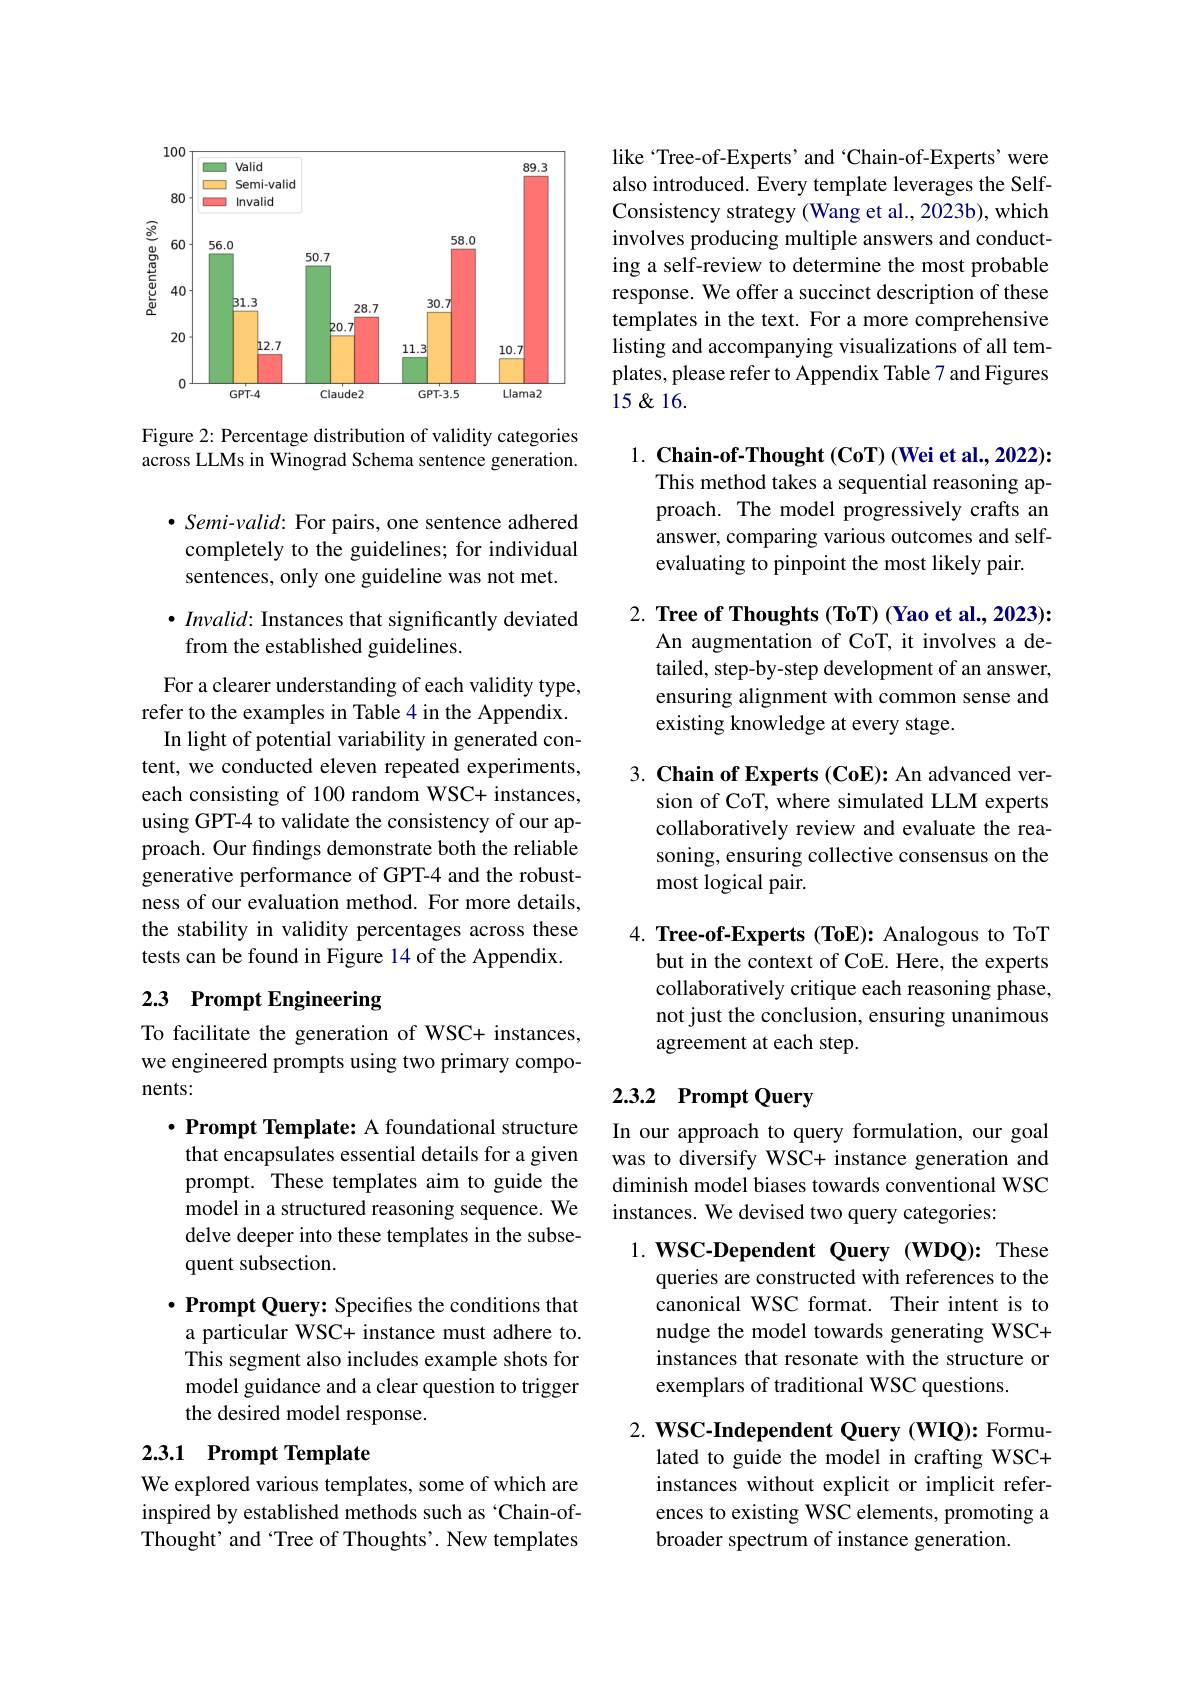
<FigureHere>

Figure 2: Percentage distribution of validity categories across LLMs in Winograd Schema sentence generation.

$\bullet \textit{Semi- valid: For pairs, one sentence adhered}$ completely to the guidelines; for individual sentences, only one guideline was not met.

$\bullet \textit{Invalid: Instances that significantly deviated}$
from the established guidelines.

For a clearer understanding of each validity type, refer to the examples in Table 4 in the Appendix.
In light of potential variability in generated content, we conducted eleven repeated experiments, each consisting of 100 random WSC+ instances, using GPT-4 to validate the consistency of our approach. Our findings demonstrate both the reliable generative performance of GPT-4 and the robustness of our evaluation method. For more details, the stability in validity percentages across these tests can be found in Figure 14 of the Appendix.

## 2.3 Prompt Engineering

To facilitate the generation of WSC+ instances, we engineered prompts using two primary components:

$\cdot \textbf{Prompt Template: A foundational structure}$ that encapsulates essential details for a given prompt. These templates aim to guide the model in a structured reasoning sequence. We delve deeper into these templates in the subsequent subsection.
$\cdot \textbf{Prompt Query: Specifies the conditions that}$ a particular WSC+ instance must adhere to. This segment also includes example shots for model guidance and a clear question to trigger the desired model response.

## 2.3.1 Prompt Template

We explored various templates, some of which are inspired by established methods such as ‘Chain-ofThought' and‘Tree of Thoughts’. New templates

like“Tree-of-Experts’and‘Chain-of-Experts’were also introduced. Every template leverages the SelfConsistency strategy (Wang et al., 2023b), which involves producing multiple answers and conducting a self-review to determine the most probable response. We offer a succinct description of these templates in the text. For a more comprehensive listing and accompanying visualizations of all templates, please refer to Appendix Table 7 and Figures $15\not<16.$

$1. \textbf{ Chain- of- Thought( CoT) ( Wei et al. , 2022) : }$
This method takes a sequential reasoning approach. The model progressively crafts an answer, comparing various outcomes and selfevaluating to pinpoint the most likely pair.

2. Tree of Thoughts (ToT) (Yao et al., 2023):
An augmentation of CoT, it involves a detailed, step-by-step development of an answer, ensuring alignment with common sense and existing knowledge at every stage.

3. Chain of Experts (CoE): An advanced ver-
sion of CoT, where simulated LLM experts collaboratively review and evaluate the reasoning, ensuring collective consensus on the most logical pair.

4. Tree-of-Experts (ToE): Analogous to ToT
but in the context of CoE. Here, the experts collaboratively critique each reasoning phase, not just the conclusion, ensuring unanimous agreement at each step.

# 2.3.2 Prompt Query

In our approach to query formulation, our goal was to diversify WSC+ instance generation and diminish model biases towards conventional WSC instances. We devised two query categories:

1.WSC-Dependent Query (WDQ): These
queries are constructed with references to the canonical WSC format. Their intent is to nudge the model towards generating WSC+ instances that resonate with the structure or exemplars of traditional WSC questions.

2. WSC-Independent Query (WIQ): Formu-
lated to guide the model in crafting WSC+ instances without explicit or implicit references to existing WSC elements, promoting a broader spectrum of instance generation.